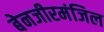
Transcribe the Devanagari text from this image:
बेनजीरमंजिल